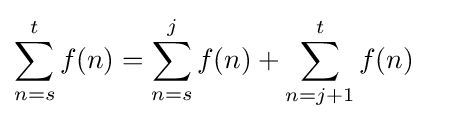
\sum _{n=s}^{t}f(n)=\sum _{n=s}^{j}f(n)+\sum _{n=j+1}^{t}f(n)\quad